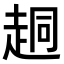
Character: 𫎴